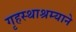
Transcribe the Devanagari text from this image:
गृहस्थाश्रम्याने